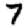
Digit: 7